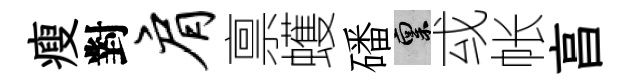
瘦對肩禀蠖磻禀㦯帐亯